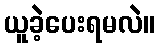
ယူခဲ့ပေးရမလဲ။